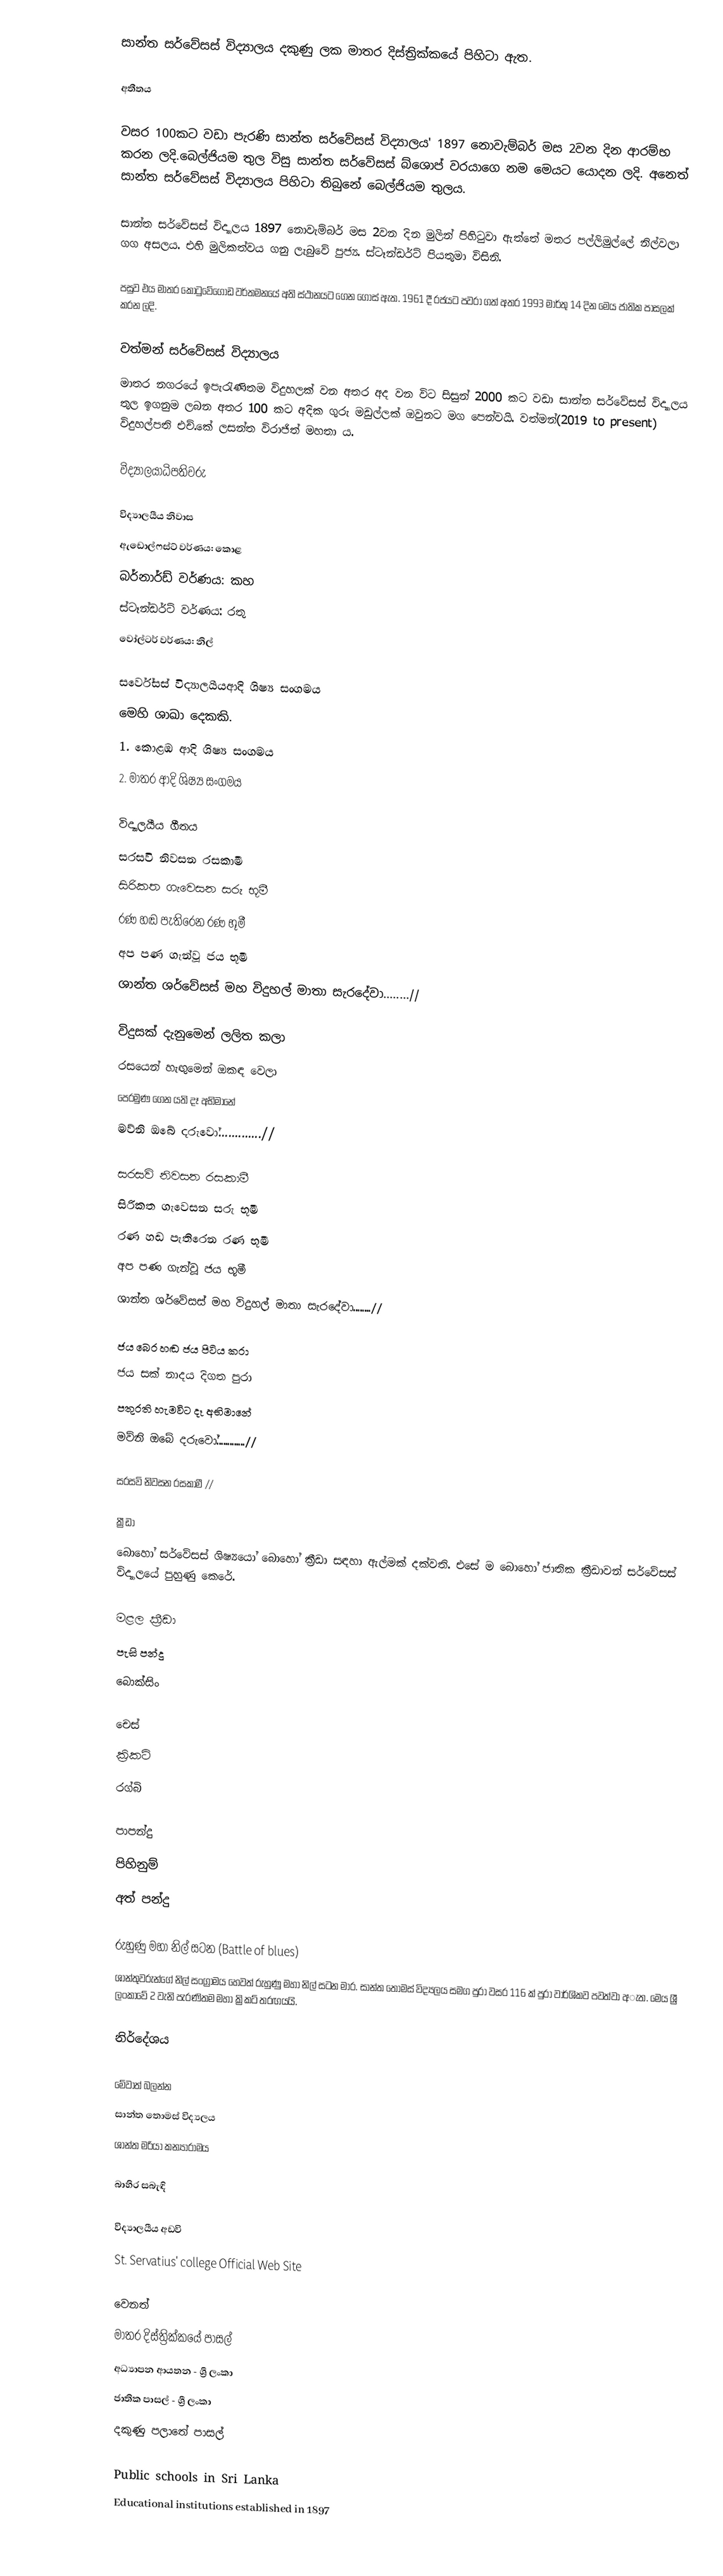
සාන්ත සර්වේසස් විද්‍යාලය  දකුණු ලක මාතර දිස්ත්‍රික්කයේ පිහිටා ඇත.

අතීතය

වසර 100කට වඩා පැරණි සාන්ත සර්වේසස් විද්‍යාලය' 1897 නොවැම්බර් මස 2වන දින ආරම්භ කරන ලදි.බෙල්ජියම තුල විසු සාන්ත සර්වේසස් බ්ශොප් වරයාගෙ නම මෙයට යොදන ලදි. අනෙත් සාන්ත සර්වේසස් විද්‍යාලය පිහිටා තිබුනේ බෙල්ජියම තුලය.

සාන්ත සර්වේසස් විද්‍යාලය 1897 නොවැම්බර් මස 2වන දින මුලින් පිහිටුවා ඇත්තේ මතර පල්ලිමුල්ලේ නිල්වලා ගග අසලය. එහි මුලිකත්වය ගනු ලැබුවේ පුජ්‍ය. ස්ටෑන්ඩර්ට් පියතුමා විසිනි.

පසුව එය මාතර කොටුවේගොඩ වර්තමනයේ අති ස්ථානයට ගෙන ගොස් ඇත. 1961 දී රජයට පවරා ගත් අතර 1993 මාර්තු 14 දින මෙය ජාතික පාසලක් කරන ලදි.

වත්මන් සර්වේසස් විද්‍යාලය
   මාතර නගරයේ ඉපැරැණිතම විදුහලක් වන අතර අද වන විට සිසුන් 2000 කට වඩා සාන්ත සර්වේසස් විද්‍යාලය තුල ඉගනුම ලබන අතර 100 කට අදික ගුරු මඩුල්ලක් ඔවුනට මග පෙන්වයි. වත්මන්(2019 to present) විදුහල්පති එච්.කේ ලසන්ත විරාජිත් මහතා ය.

විද්‍යාලයාධිපතිවරු

විද්‍යාලයීය නිවාස
 ඇඩොල්ෆස්ට් වර්ණය: කොළ
 බර්නාර්ඩ් වර්ණය: කහ
 ස්ටෑන්ඩර්ට් වර්ණය: රතු
 වෝල්ටර් වර්ණය: නිල්

සර්වේසස් විද්‍යාලයීයආදි ශිෂ්‍ය සංගමය
මෙහි ශාඛා දෙකකි.
1. කොළඹ ආදි ශිෂ්‍ය සංගමය
2. මාතර ආදි ශිෂ්‍ය සංගමය

විද්‍යාලයීය ගීතය
සරසවි නිවසන රසකාමී
සිරිකත ගැවෙසන සරු භූමී
රණ හඬ පැතිරෙන රණ භූමී
අප පණ ගැන්වූ ජය භූමී
ශාන්ත ශර්වේසස් මහ විදුහල් මාතා සැරදේවා........//

විදුසක් දැනුමෙන් ලලිත කලා
රසයෙන් හැඟුමෙන් ඔකඳ වෙලා
පෙරමුණ ගෙන යති දෑ අභිමානේ
මව්නි ඔබේ දරුවෝ.............//

සරසවි නිවසන රසකාමී
සිරිකත ගැවෙසන සරු භූමී
රණ හඬ පැතිරෙන රණ භූමී
අප පණ ගැන්වූ ජය භූමී
ශාන්ත ශර්වේසස් මහ විදුහල් මාතා සැරදේවා........//

ජය බෙර හඬ ජය පිටිය කරා
ජය සක් නාදය දිගත පුරා
පතුරති හැමවිට දෑ අභිමානේ
මව්නි ඔබේ දරුවෝ.............//

සරසවි නිවසන රසකාමී //

ක්‍රීඩා
බොහෝ සර්වේසස් ශිෂ්‍යයෝ බොහෝ ක්‍රීඩා සඳහා ඇල්මක් දක්වති. එසේ ම බොහෝ ජාතික ක්‍රීඩාවන් සර්වේසස් විද්‍යාලයේ පුහුණු කෙරේ.

 මළල ක්‍රීඩා
 පැසි පන්දු
 බොක්සිං

 චෙස්
 ක්‍රිකට්
 රග්බි

 පාපන්දු
 පිහිනුම්
 අත් පන්දු

රුහුණු මහා නිල් සටන (Battle of blues)
  ශාන්තුවරුන්ගේ නිල් සංග්‍රාමය හෙවත් රුහුණු මහා නිල් සටන මාර. සාන්ත තොමස් විද්‍යලය සමග පුරා වසර 116 ක් පුරා වාර්ශිකව පවත්වා අැත. මෙය ශ්‍රී ලංකාවේ 2 වැනි පැරණිතම මහා ක්‍රිකට් තරඟයයි.

නිර්දේශය

මේවාත් බලන්න
සාන්ත තොමස් විද්‍යලය
ශාන්ත මරියා කන්‍යාරාමය

බාහිර සබැඳි

විද්‍යාලයීය අඩවි
 St. Servatius' college Official Web Site

වෙනත්
මාතර දිස්ත්‍රික්කයේ පාසල්
අධ්‍යාපන ආයතන - ශ්‍රී ලංකා
ජාතික පාසල් - ශ්‍රී ලංකා
දකුණු පලාතේ පාසල්

Public schools in Sri Lanka
Educational institutions established in 1897